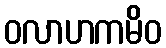
ဝလာဟကမိဝ